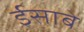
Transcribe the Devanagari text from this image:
ईसाबे